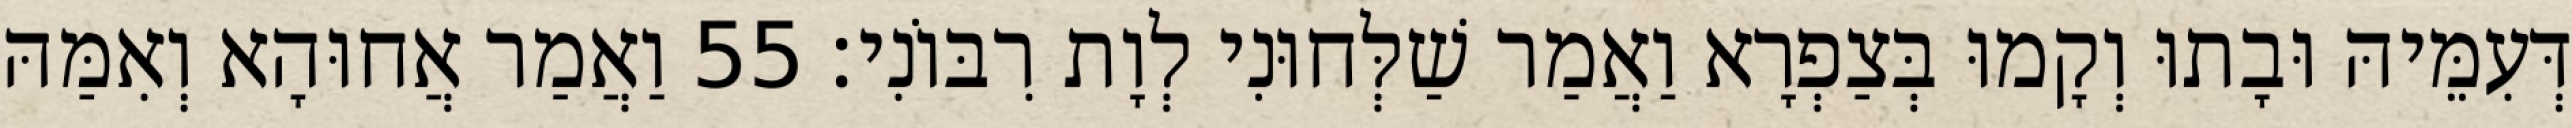
דְּעִמֵּיהּ וּבָתוּ וְקָמוּ בְּצַפְרָא וַאֲמַר שַׁלְּחוּנִי לְוָת רִבּוֹנִי׃ 55 וַאֲמַר אֲחוּהָא וְאִמַּהּ